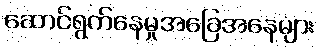
ဆောင်ရွက်နေမှုအခြေအနေများ